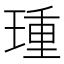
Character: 𰢈